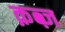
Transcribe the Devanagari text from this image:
क़ब्ज़